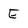
Character: E